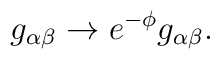
g_{\alpha \beta }\rightarrow e^{-\phi }g_{\alpha \beta }.